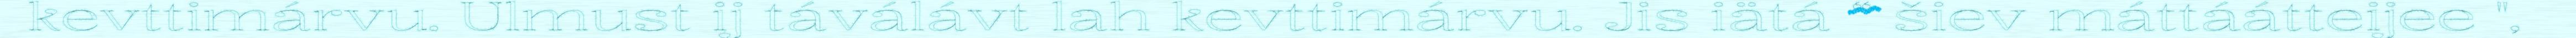
kevttimárvu. Ulmust ij táválávt lah kevttimárvu. Jis iätá “ šiev máttáátteijee ",